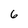
Character: 6